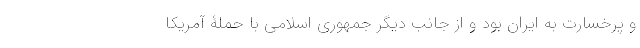
و پُر‌خسارت به ایران بود و از جانب دیگر جمهوری اسلامی با حملۀ آمریکا